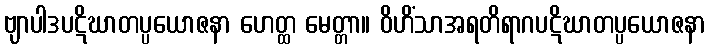
ဗျာပါဒပဋိဃာတပ္ပယောဇနာ ဟေတ္ထ မေတ္တာ။ ဝိဟိံသာအရတိရာဂပဋိဃာတပ္ပယောဇနာ